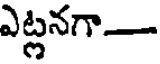
ఎట్లనగా-